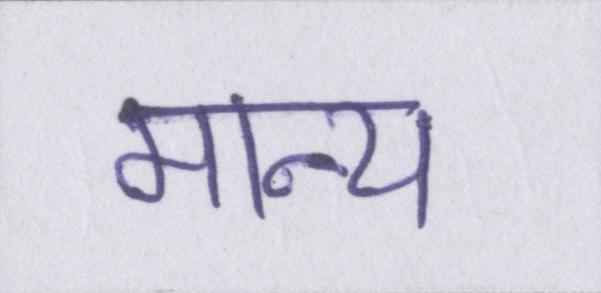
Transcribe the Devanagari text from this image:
मान्य